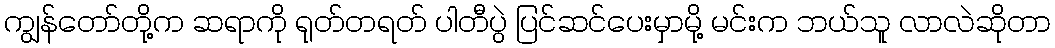
ကျွန်တော်တို့က ဆရာကို ရုတ်တရတ် ပါတီပွဲ ပြင်ဆင်ပေးမှာမို့ မင်းက ဘယ်သူ လာလဲဆိုတာ